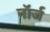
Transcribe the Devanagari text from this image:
नॉर्ज